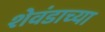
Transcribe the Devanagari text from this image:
शेवंडाच्या